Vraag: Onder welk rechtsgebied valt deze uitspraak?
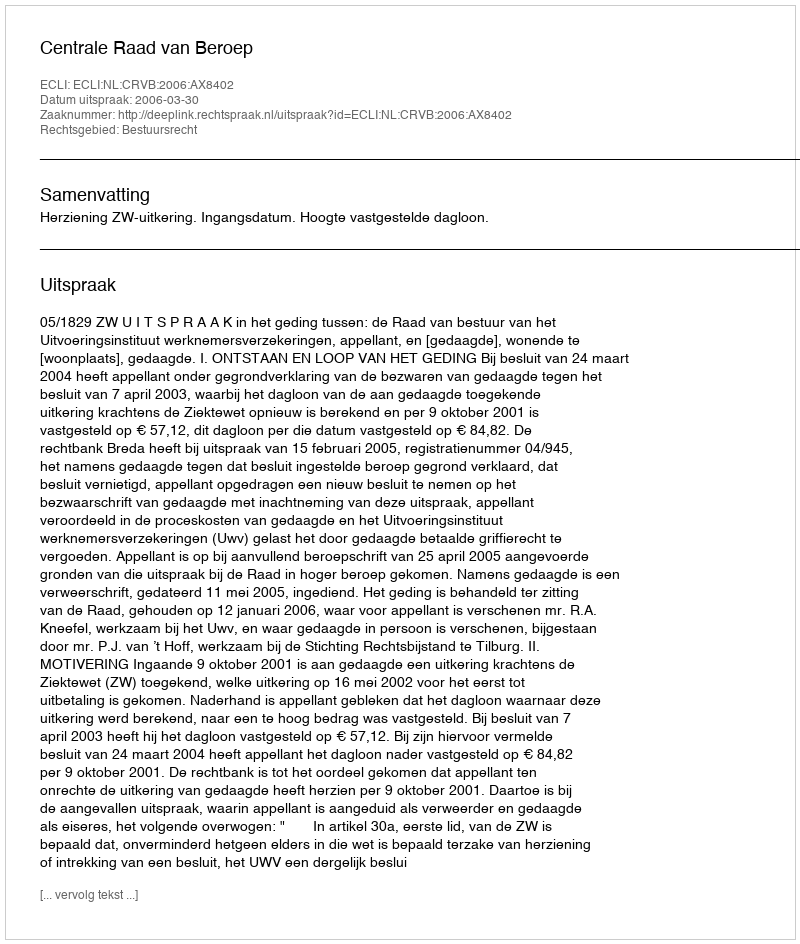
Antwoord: Bestuursrecht